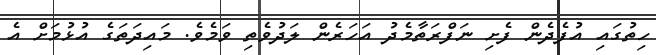
ހިތުގައި އުފެދެން ފެށި ނަފްރަތާމެދު އަހަރެން ލަދުވެތި ވަމެވެ. މައިދަތަގެ އުޅުމަށް އެ